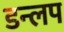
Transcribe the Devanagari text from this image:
डन्लप